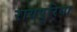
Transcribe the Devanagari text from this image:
रायपुरिया